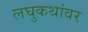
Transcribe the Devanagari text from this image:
लघुकथांवर